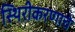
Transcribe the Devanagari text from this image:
स्थिरीकरणाचे